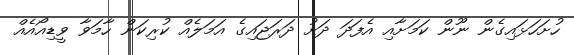
ހުށަހަޅައިގެން ނޫން ކަމަށާއި އެފަދަ ދަށު ދަރަޖައިގެ އަމަލެއް ކުރިކަން ހާމަވާ ވީޑިއޯއެއް